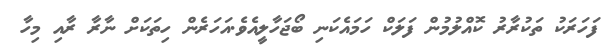
ފަހަރަކު ތަކުރާރުު ކޮއްލުމުން ފަލަކް ހަމައެކަނި ބޯޖަހާލީއެވެ.އަހަރެން ހިތަކަށް ނާރާ ރާއި މިހާ